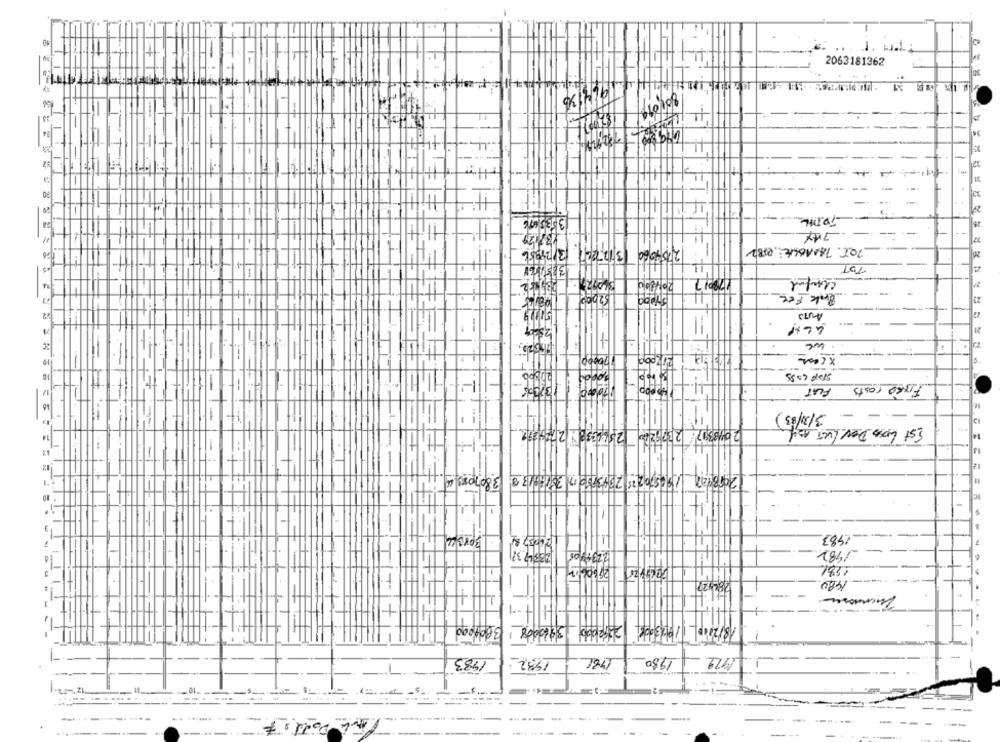
2063181362
1944130
14
-
- TOTAL
-.
13/12.2211 3124356
2754660
TOT. TAMAOLITE: 0582
11
TOT
178017
Chantal
-
$2200
Back Fee
Avis
-
we
20000
FLAT
Fiske costs
3/3/83)
2048397: 2309220 2500038:270400
Est Loss Dev LUT Asy
2018447 1865792 25 204379017 38166135 3807085 00
Berska
1983
235/49.38
1982
1480
3962008 1
2212000
1983
1932
781
1980
1919
7
Port
-------